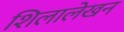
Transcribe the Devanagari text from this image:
शिलालेखन